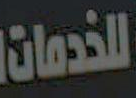
للخدمات